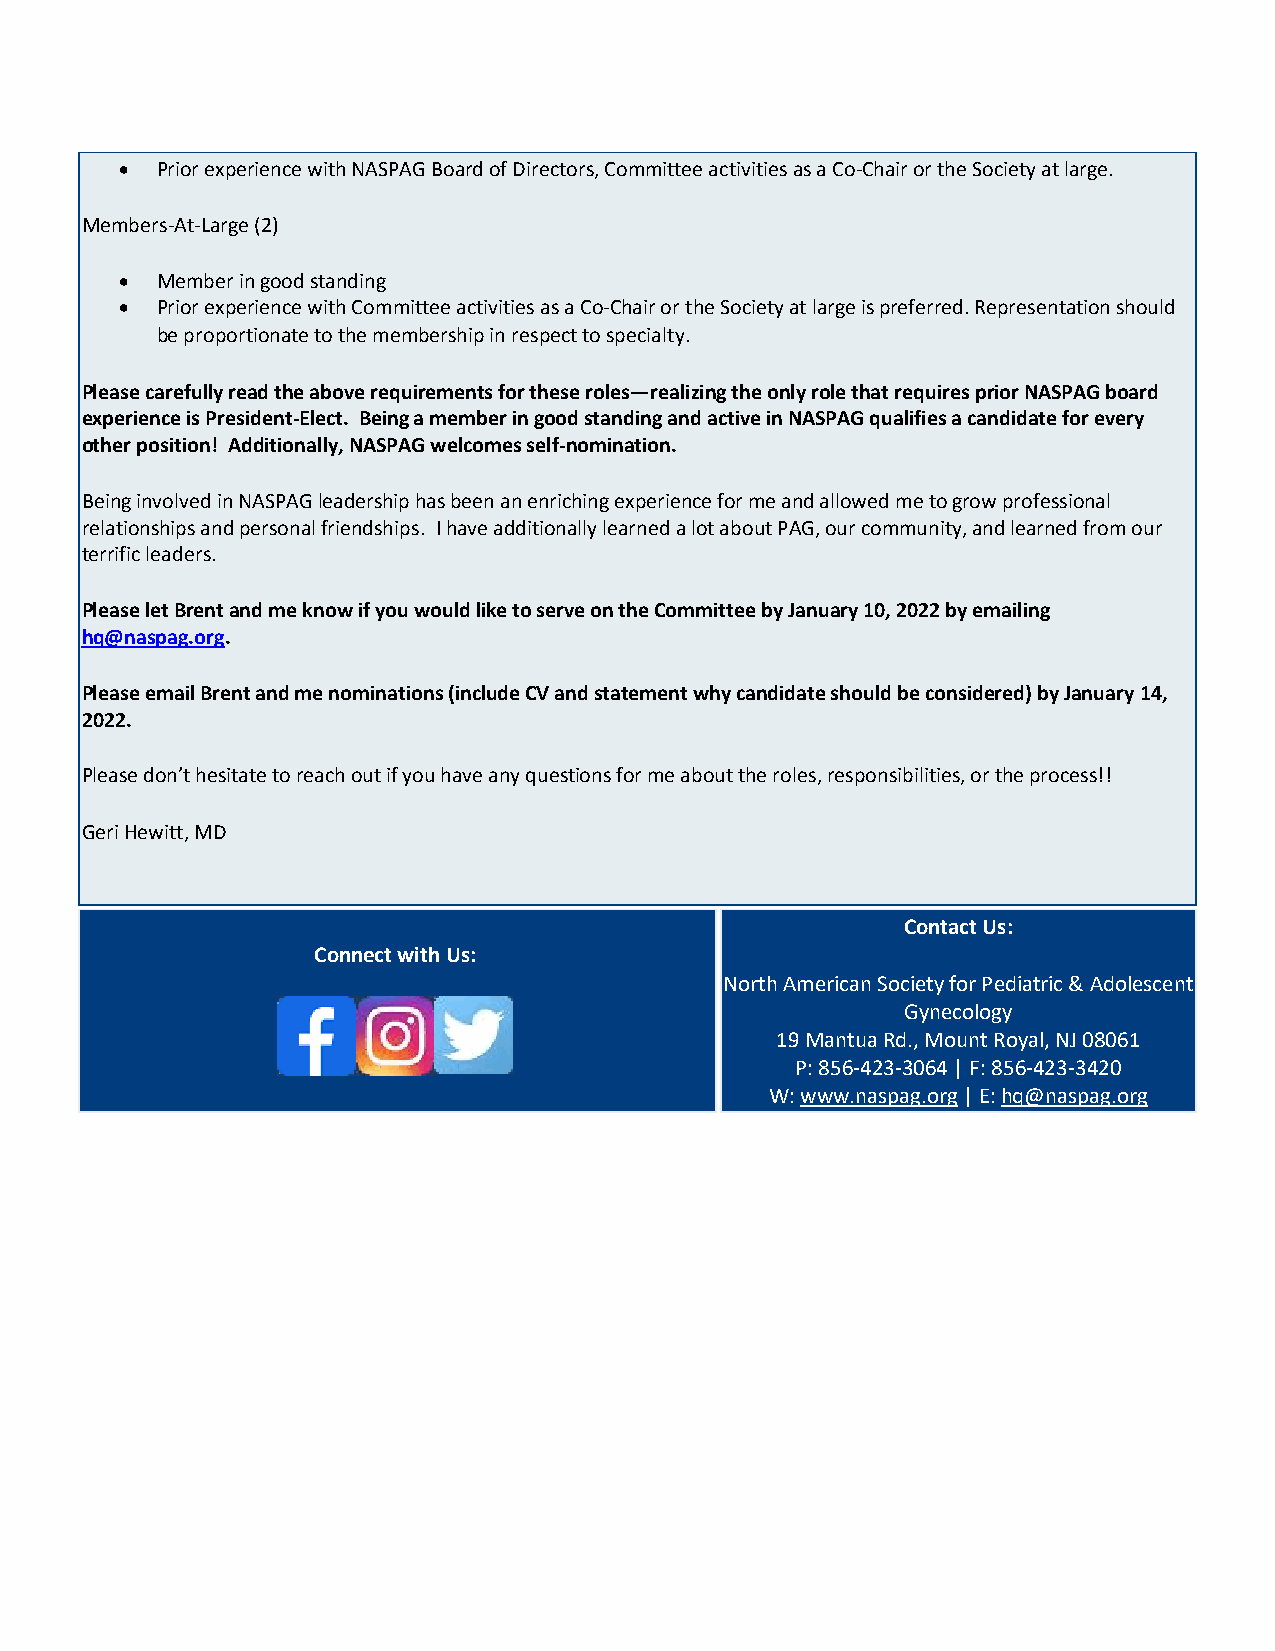
• Prior experience with NASPAG Board of Directors, Committee activities as a Co-Chair or the Society at large.
 Members-At-Large (2)
 • Member in good standing
 • Prior experience with Committee activities as a Co-Chair or the Society at large is preferred. Representation should
 be proportionate to the membership in respect to specialty.
 Please carefully read the above requirements for these roles—realizing the only role that requires prior NASPAG board
 experience is President-Elect. Being a member in good standing and active in NASPAG qualifies a candidate for every
 other position! Additionally, NASPAG welcomes self-nomination.
 Being involved in NASPAG leadership has been an enriching experience for me and allowed me to grow professional
 relationships and personal friendships. I have additionally learned a lot about PAG, our community, and learned from our
 terrific leaders.
 Please let Brent and me know if you would like to serve on the Committee by January 10, 2022 by emailing
 hq@naspag.org.
 Please email Brent and me nominations (include CV and statement why candidate should be considered) by January 14,
 2022.
 Please don’t hesitate to reach out if you have any questions for me about the roles, responsibilities, or the process!!
 Geri Hewitt, MD
 Contact Us:
 Connect with Us:
 North American Society for Pediatric & Adolescent
 Gynecology
 19 Mantua Rd., Mount Royal, NJ 08061
 P: 856-423-3064 | F: 856-423-3420
 W: www.naspag.org | E: hq@naspag.org